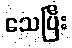
သေပြီး